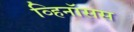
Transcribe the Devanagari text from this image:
व्हिनॉसस